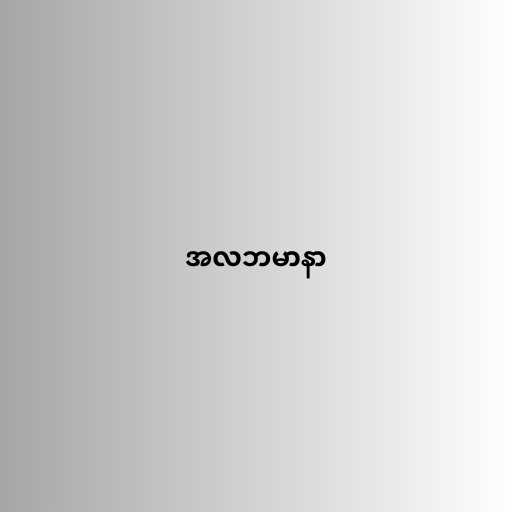
အလဘမာနာ